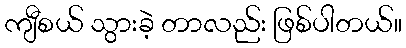
ကျီစယ် သွားခဲ့ တာလည်း ဖြစ်ပါတယ်။